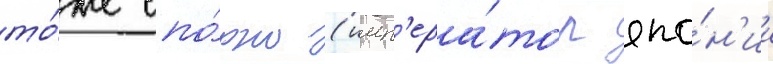
то́же спо́рно (имп'ера́тор япо́н'ии